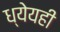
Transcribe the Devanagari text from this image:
ध्येयही